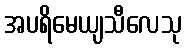
အပရိမေယျသီလေသု